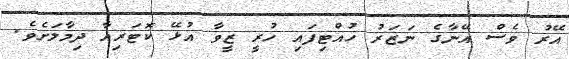
އޭރު ވެސް އޭނާގެ ނަޒަރު ހުއްޓިފައި ހުރީ ޒީވާ އުޅޭ ކޮޓަރިއާ ދިމާލަށެވެ.